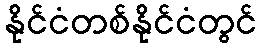
နိုင်ငံတစ်နိုင်ငံတွင်